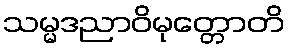
သမ္မဒညာဝိမုတ္တောတိ